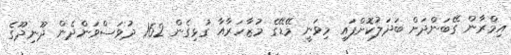
އިމްރާން ގޭބަންދަށް ބަދަލުކޮށްފައި މިވަނީ މޭޑޭގެ މުޒާހަރާއާ ގުޅިގެން 162 ދުވަސްވަންދެން ދޫނިދޫގެ